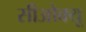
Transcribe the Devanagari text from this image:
सीओक्यू